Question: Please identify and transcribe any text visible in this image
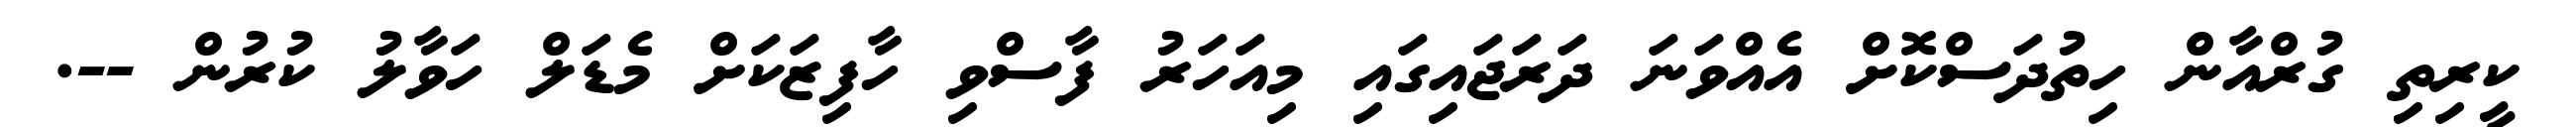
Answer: ކީރިތި ގުރްއާން ހިތުދަސްކޮށް އެއްވަނަ ދަރަޖައިގައި މިއަހަރު ފާސްވި ހާފިޒަކަށް މެޑަލް ހަވާލު ކުރުން --.